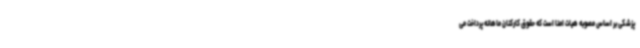
پزشکی بر اساس مصوبه هیات امنا است که حقوق کارکنان ماهانه پرداخت می